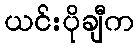
ယင်းပိုချီက